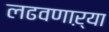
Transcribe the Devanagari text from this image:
लढवणाऱ्या